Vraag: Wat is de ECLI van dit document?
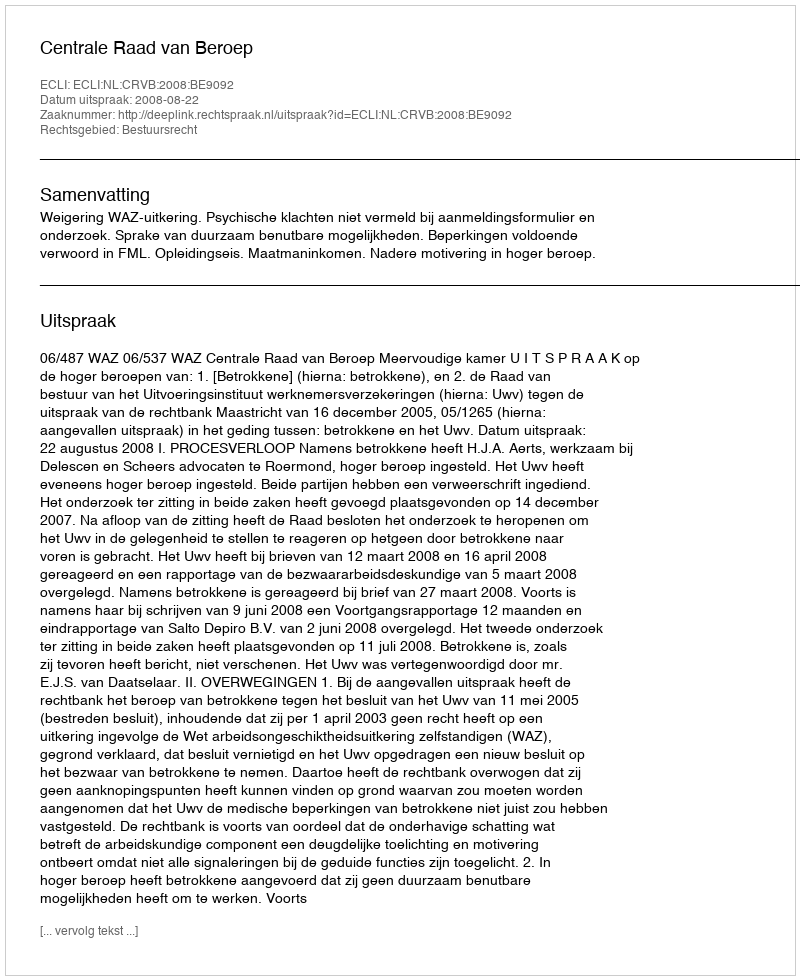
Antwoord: ECLI:NL:CRVB:2008:BE9092